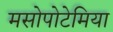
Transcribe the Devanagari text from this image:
मसोपोटेमिया